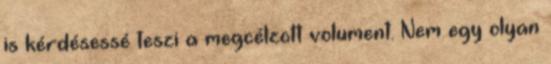
is kérdésessé teszi a megcélzott volument. Nem egy olyan